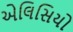
એલિસિયો